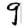
Digit: 9